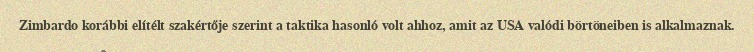
Zimbardo korábbi elítélt szakértője szerint a taktika hasonló volt ahhoz, amit az USA valódi börtöneiben is alkalmaznak.